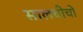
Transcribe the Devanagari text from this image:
सालचीचों